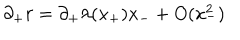
LaTeX: \partial _ { + } r = \partial _ { + } \lambda ( x _ { + } ) x _ { - } + O ( x _ { - } ^ { 2 } )